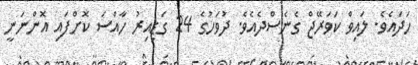
ހަދައެވެ. ލައިވް ކަވަރޭޖް ގެނެސްދެއެވެ. ދުވަހުގެ 24 ގަޑިއިރު ހާއްސަ ކޮށްފައި އޮންނަނީ